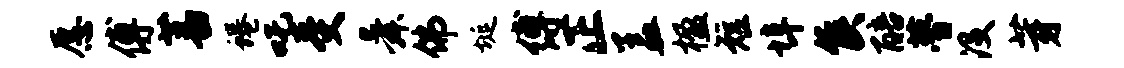
愿傅蕃蜷吒受舜佛埏缚正盖楹短埠侯醅瞢没芽